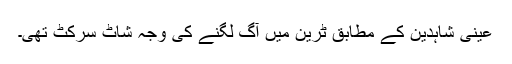
عینی شاہدین کے مطابق ٹرین میں آگ لگنے کی وجہ شاٹ سرکٹ تھی۔